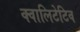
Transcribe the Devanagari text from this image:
क्वालिटेटिव